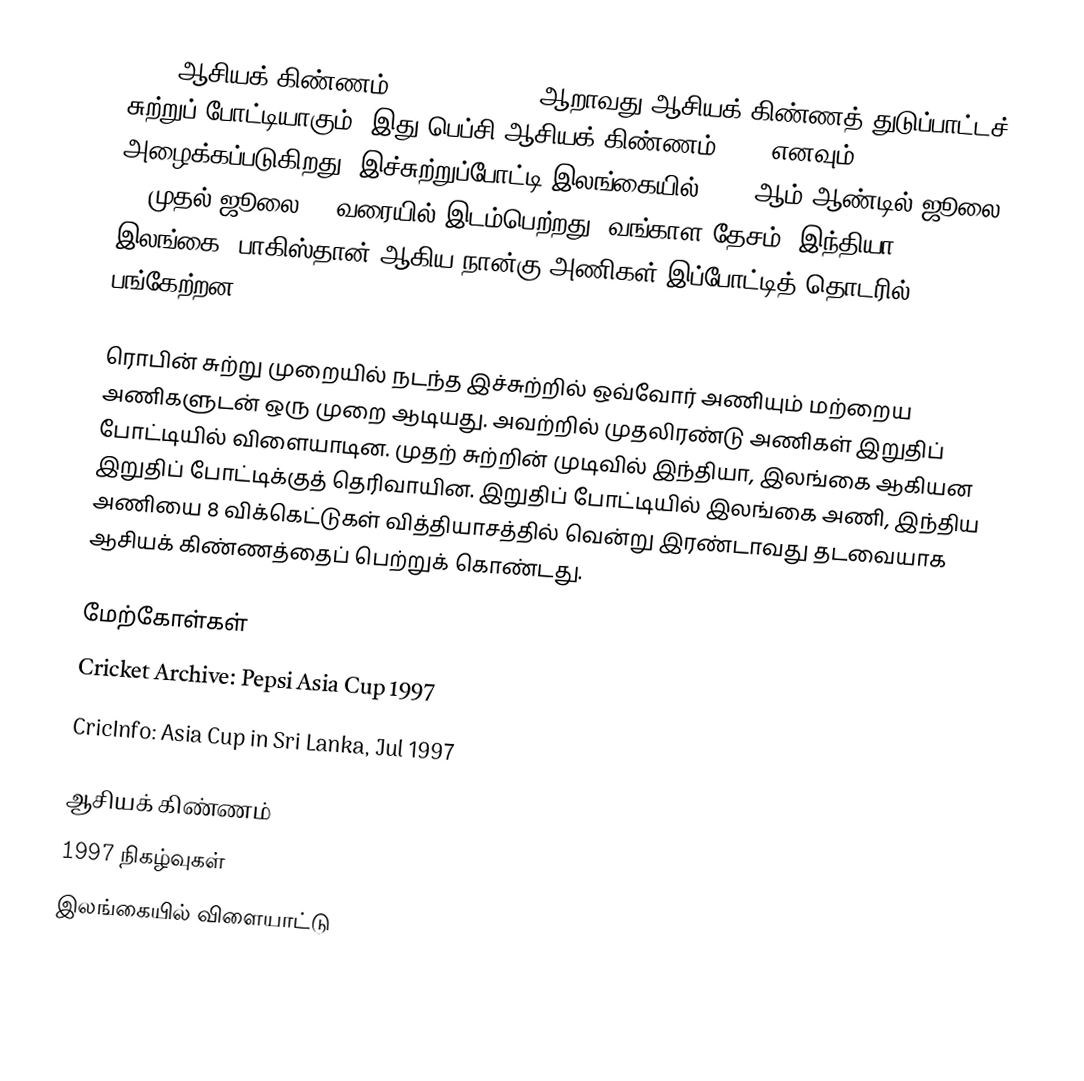
1997 ஆசியக் கிண்ணம்(1997 Asia Cup) ஆறாவது ஆசியக் கிண்ணத் துடுப்பாட்டச் சுற்றுப் போட்டியாகும். இது பெப்சி ஆசியக் கிண்ணம் 1997 எனவும் அழைக்கப்படுகிறது. இச்சுற்றுப்போட்டி இலங்கையில் 1997 ஆம் ஆண்டில் ஜூலை 14 முதல் ஜூலை 26 வரையில் இடம்பெற்றது. வங்காள தேசம், இந்தியா, இலங்கை, பாகிஸ்தான் ஆகிய நான்கு அணிகள் இப்போட்டித் தொடரில் பங்கேற்றன.

ரொபின் சுற்று முறையில் நடந்த இச்சுற்றில் ஒவ்வோர் அணியும் மற்றைய அணிகளுடன் ஒரு முறை ஆடியது. அவற்றில் முதலிரண்டு அணிகள் இறுதிப் போட்டியில் விளையாடின. முதற் சுற்றின் முடிவில் இந்தியா, இலங்கை ஆகியன இறுதிப் போட்டிக்குத் தெரிவாயின. இறுதிப் போட்டியில் இலங்கை அணி, இந்திய அணியை 8 விக்கெட்டுகள் வித்தியாசத்தில் வென்று இரண்டாவது தடவையாக ஆசியக் கிண்ணத்தைப் பெற்றுக் கொண்டது.

மேற்கோள்கள்
 Cricket Archive: Pepsi Asia Cup 1997
 CricInfo: Asia Cup in Sri Lanka, Jul 1997

ஆசியக் கிண்ணம்
1997 நிகழ்வுகள்
இலங்கையில் விளையாட்டு